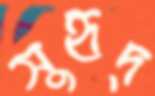
সুহৃদ্‌